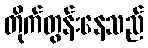
တိုက်တွန်းနေသည်